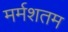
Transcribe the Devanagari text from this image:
मर्मशतम